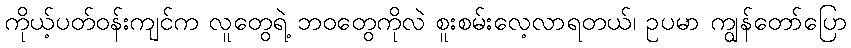
ကိုယ့်ပတ်ဝန်းကျင်က လူတွေရဲ့ ဘဝတွေကိုလဲ စူးစမ်းလေ့လာရတယ်၊ ဥပမာ ကျွန်တော်ပြော